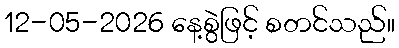
12-05-2026 နေ့စွဲဖြင့် စတင်သည်။